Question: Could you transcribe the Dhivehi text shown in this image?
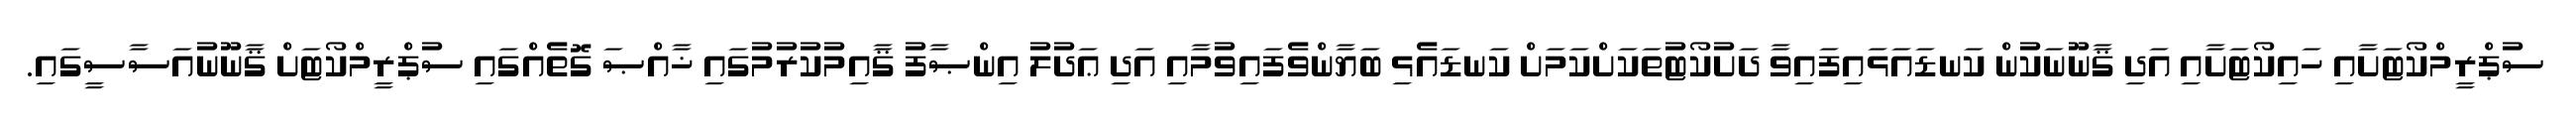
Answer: ސުޕްރީމްކޯޓަށާއި ހައިކޯޓަށާއި އަދި ޤާނޫނަކުން ކަނޑައަޅައިފައިވާ ދަށުކޯޓުތަކަށްކަމަށް ކަނޑައެޅި ބަޔާންވެފައިވުމާއި އަދި ޢަދުލު އިންޞާފު ޤާއިމުކުރުމުގައި ޚާއްޞަ ގޮތެއްގައި ސުޕްރީމްކޯޓަށް ޤާނޫނުއަސާސީގައި.